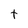
Character: t